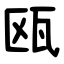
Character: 瓯